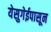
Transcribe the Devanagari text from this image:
येसुगेईपासून